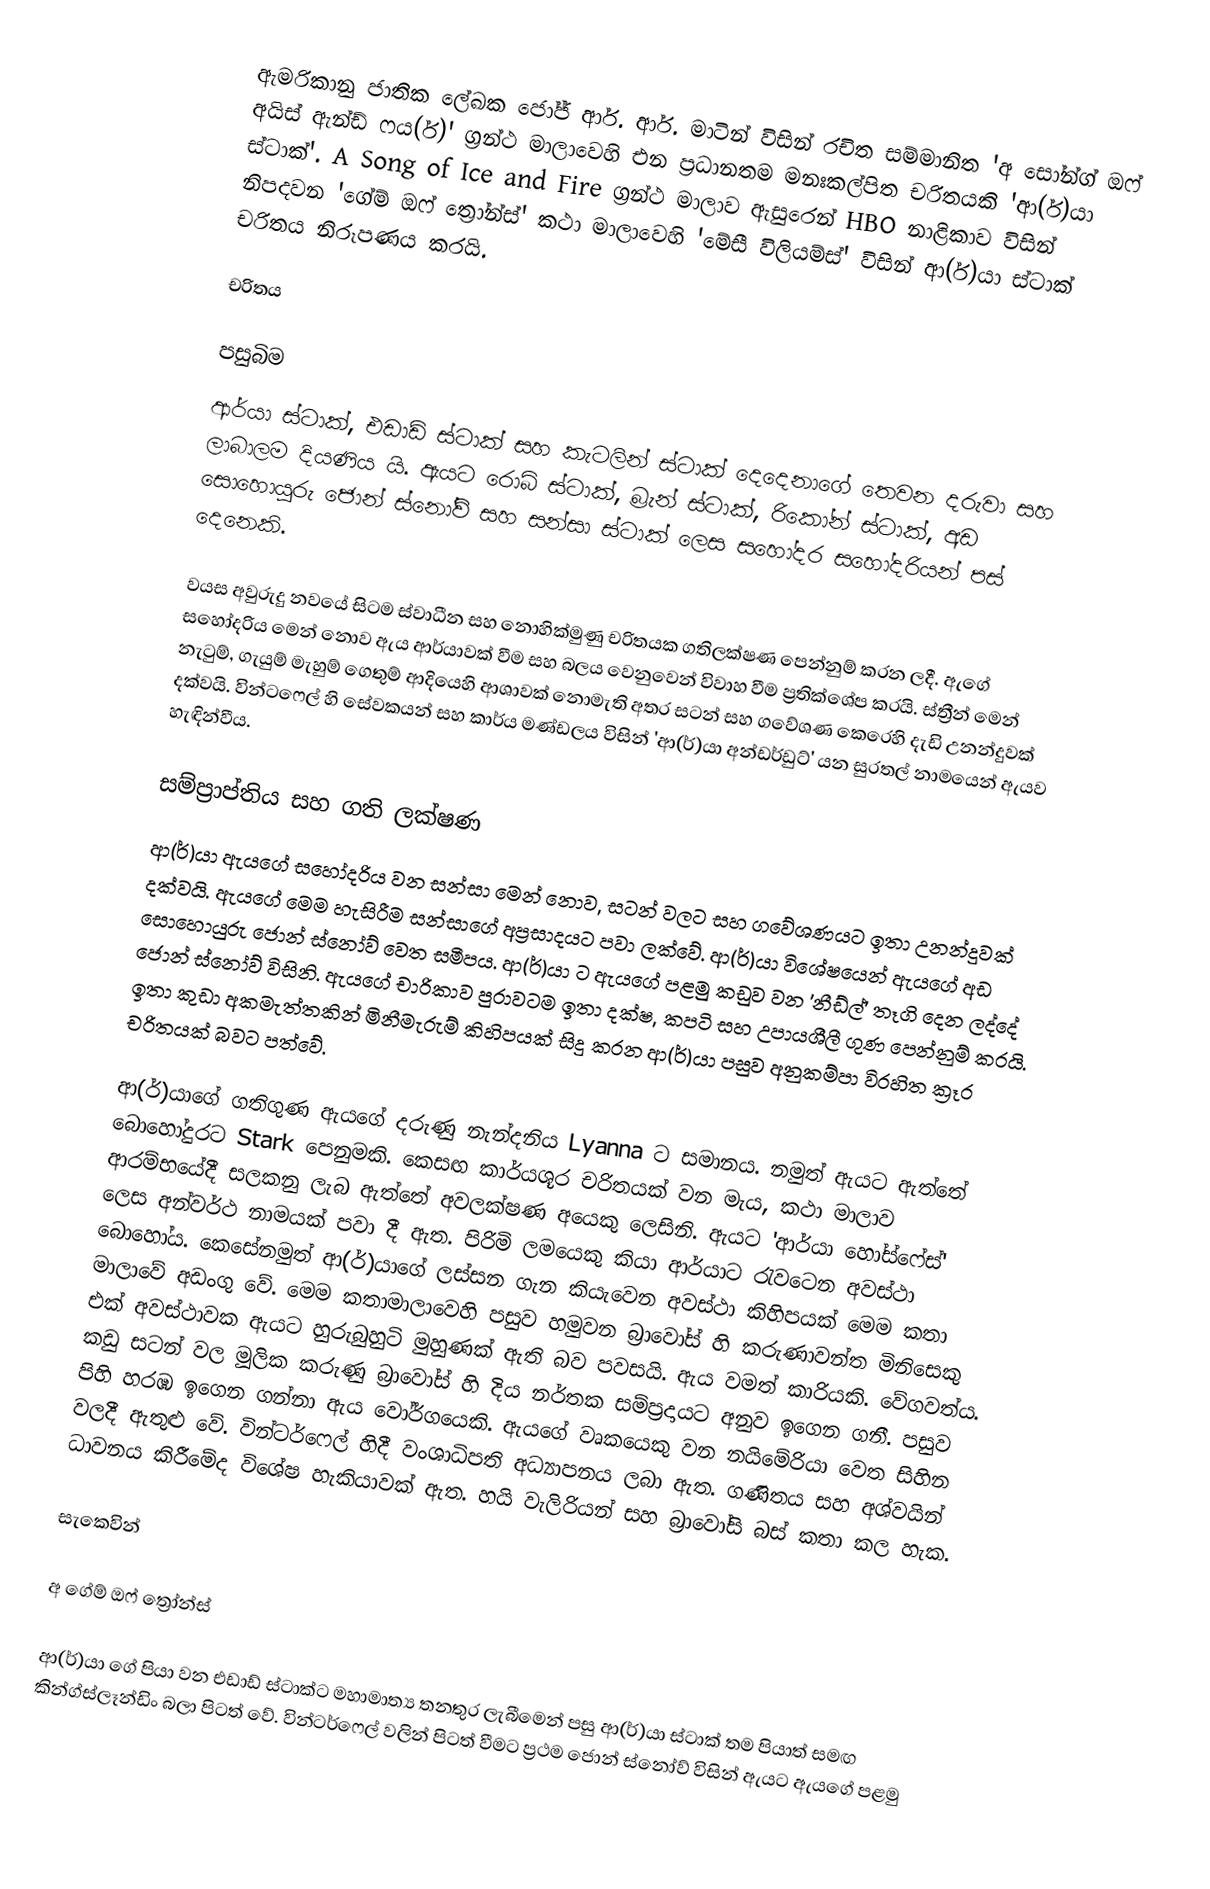
ඇමරිකානු ජාතික ලේඛක ජෝජ් ආර්. ආර්. මාටින් විසින් රචිත සම්මානිත 'අ සෝන්ග් ඔෆ් අයිස් ඇන්ඩ් ෆය(ර්)' ග්‍රන්ථ මාලාවෙහි එන ප්‍රධානතම මනඃකල්පිත චරිතයකි 'ආ(ර්)යා ස්ටාක්'. A Song of Ice and Fire ග්‍රන්ථ මාලාව ඇසුරෙන් HBO නාළිකාව විසින් නිපදවන 'ගේම් ඔෆ් ත්‍රෝන්ස්' කථා මාලාවෙහි 'මේසී විලියම්ස්' විසින් ආ(ර්)යා ස්ටාක් චරිතය නිරූපණය කරයි.

චරිතය

පසුබිම
ආර්යා ස්ටාක්, එඩාඩ් ස්ටාක් සහ කැටලින් ස්ටාක් දෙදෙනාගේ තෙවන දරුවා සහ ලාබාලම දියණිය යි. ඇයට රොබ් ස්ටාක්, බ්‍රැන් ස්ටාක්, රිකෝන් ස්ටාක්, අඩ සොහොයුරු ජොන් ස්නෝව් සහ සන්සා ස්ටාක් ලෙස සහෝදර සහෝදරියන් පස් දෙනෙකි.

වයස අවුරුදු නවයේ සිටම ස්වාධීන සහ නොහික්මුණු චරිතයක ගතිලක්ෂණ පෙන්නුම් කරන ලදී. ඇගේ සහෝදරිය මෙන් නොව ඇය ආර්යාවක් වීම සහ බලය වෙනුවෙන් විවාහ වීම ප්‍රතික්ශේප කරයි. ස්ත්‍රීන් මෙන් නැටුම්, ගැයුම් මැහුම් ගෙතුම් ආදියෙහි ආශාවක් නොමැති අතර සටන් සහ ගවේශණ කෙරෙහි දැඩි උනන්දුවක් දක්වයි. වින්ටෆෙල් හි සේවකයන් සහ කාර්ය මණ්ඩලය විසින් 'ආ(ර්)යා අන්ඩර්ඩුට්' යන සුරතල් නාමයෙන් ඇයව හැඳින්වීය.

සම්ප්‍රාප්තිය සහ ගති ලක්ෂණ
ආ(ර්)යා ඇයගේ සහෝදරිය වන සන්සා මෙන් නොව, සටන් වලට සහ ගවේශණයට ඉතා උනන්දුවක් දක්වයි. ඇයගේ මෙම හැසිරීම සන්සාගේ අප්‍රසාදයට පවා ලක්වේ. ආ(ර්)යා විශේෂයෙන් ඇයගේ අඩ සොහොයුරු ජොන් ස්නෝව් වෙත සමීපය. ආ(ර්)යා ට ඇයගේ පළමු කඩුව වන 'නීඩ්ල්' තෑගි දෙන ලද්දේ ජොන් ස්නෝව් විසිනි. ඇයගේ චාරිකාව පුරාවටම ඉතා දක්ෂ, කපටි සහ උපායශීලී ගුණ පෙන්නුම් කරයි. ඉතා කුඩා අකමැත්තකින් මිනීමැරුම් කිහිපයක් සිදු කරන ආ(ර්)යා පසුව අනුකම්පා විරහිත ක්‍රෑර චරිතයක් බවට පත්වේ.

ආ(ර්)යාගේ ගතිගුණ ඇයගේ දරුණු  නැන්දනිය Lyanna ට සමානය. නමුත් ඇයට ඇත්තේ බොහෝදුරට Stark පෙනුමකි. කෙසඟ කාර්යශූර චරිතයක් වන මැය, කථා මාලාව ආරම්භයේදී සලකනු ලැබ ඇත්තේ අවලක්ෂණ අයෙකු ලෙසිනි. ඇයට 'ආර්යා හෝස්ෆේස්' ලෙස අන්වර්ථ නාමයක් පවා දී ඇත. පිරිමි ලමයෙකු කියා ආර්යාට රැවටෙන අවස්ථා බොහෝය. කෙසේනමුත් ආ(ර්)යාගේ ලස්සන ගැන කියැවෙන අවස්ථා කිහිපයක් මෙම කතා මාලාවේ අඩංගු වේ. මෙම කතාමාලාවෙහි පසුව හමුවන බ්‍රාවෝස් හි කරුණාවන්ත මිනිසෙකු එක් අවස්ථාවක ඇයට හුරුබුහුටි මුහුණක් ඇති බව පවසයි. ඇය වමත් කාරියකි. වේගවත්ය. කඩු සටන් වල මූලික කරුණු බ්‍රාවෝස් හි දිය නර්තක සම්ප්‍රදායට අනුව ඉගෙන ගනී. පසුව පිහි හරඹ ඉගෙන ගන්නා ඇය වෝර්ගයෙකි. ඇයගේ වෘකයෙකු වන නයිමේරියා වෙත සිහින වලදී ඇතුළු වේ. වින්ටර්ෆෙල් හිදී වංශාධිපති අධ්‍යාපනය ලබා ඇත. ගණිතය සහ අශ්වයින් ධාවනය කිරීමේද විශේෂ හැකියාවක් ඇත. හයි වැලිරියන් සහ බ්‍රාවෝසි බස් කතා කල හැක.

සැකෙවින්

අ ගේම් ඔෆ් ත්‍රෝන්ස්

ආ(ර්)යා ගේ පියා වන එඩාඩ් ස්ටාක්ට මහාමාත්‍ය තනතුර ලැබීමෙන් පසු ආ(ර්)යා ස්ටාක් තම පියාත් සමඟ කින්ග්ස්ලෑන්ඩිං බලා පිටත් වේ. වින්ටර්ෆෙල් වලින් පිටත් වීමට ප්‍රථම ජොන් ස්නෝව් විසින් ඇයට ඇයගේ පළමු